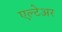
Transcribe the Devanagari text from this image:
एल्टेअर